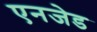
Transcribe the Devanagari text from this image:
एनजेड